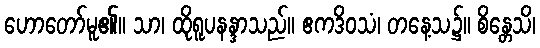
ဟောတော်မူ၏။ သာ၊ ထိုရူပနန္ဒာသည်။ ဧကဒိဝသံ၊ တနေ့သ၌။ စိန္တေသိ၊